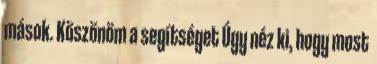
mások. Köszönöm a segítséget Úgy néz ki, hogy most